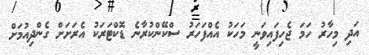
އަދި މިހާރު ހަމަ ޖެހިފައިވަނީ މަހަކު އެއްފަހަރު ސްކޭންކުރާނެ ޑޮކްޓަރަކު އެރަށަށް ގެންދިއުމަށް